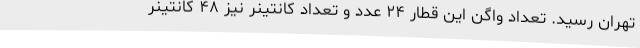
تهران رسید. تعداد واگن این قطار ۲۴ عدد و تعداد کانتینر نیز ۴۸ کانتینر